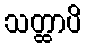
သတ္ထာပိ